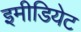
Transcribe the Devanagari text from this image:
इमीडियेट